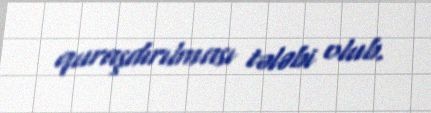
quraşdırılması tələbi olub.